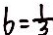
b = \frac { 1 } { 3 }